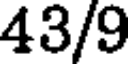
43/9